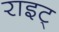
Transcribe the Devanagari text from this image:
राइट्‍